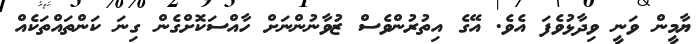
ޔާމީން ވަނީ ވިދާޅުވެފަ އެވެ. އޭގެ އިތުރުންވެސް ޒުވާނުންނަށް ހާއްސަކޮށްގެން ގިނަ ކަންތައްތަކެއް